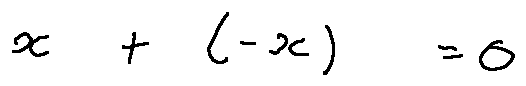
x + ( - x ) = 0